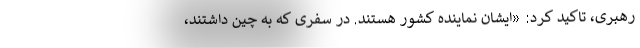
رهبری، تاکید کرد: «ایشان نماینده کشور هستند. در سفری که به چین داشتند،